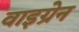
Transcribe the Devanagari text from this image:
वाइग्रेन